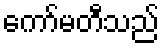
ကော်မတီသည်